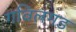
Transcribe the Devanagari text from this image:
गविलगड